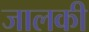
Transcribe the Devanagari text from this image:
जालकी